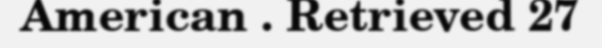
American . Retrieved 27